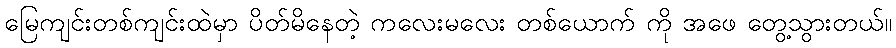
မြေကျင်းတစ်ကျင်းထဲမှာ ပိတ်မိနေတဲ့ ကလေးမလေး တစ်ယောက် ကို အဖေ တွေ့သွားတယ်။